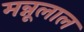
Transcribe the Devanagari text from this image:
मन्नूलाल